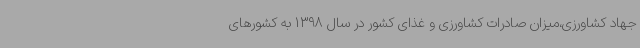
جهاد کشاورزی،میزان صادرات کشاورزی و غذای کشور در سال 1398 به کشورهای